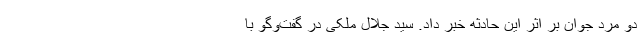
دو مرد جوان بر اثر این حادثه خبر داد. سید جلال ملکی در گفت‌وگو با